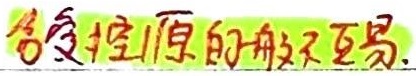
含受控源的一般不互易.